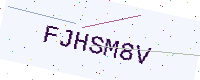
Text: FJHSM8V